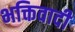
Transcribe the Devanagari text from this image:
भक्तिवादी